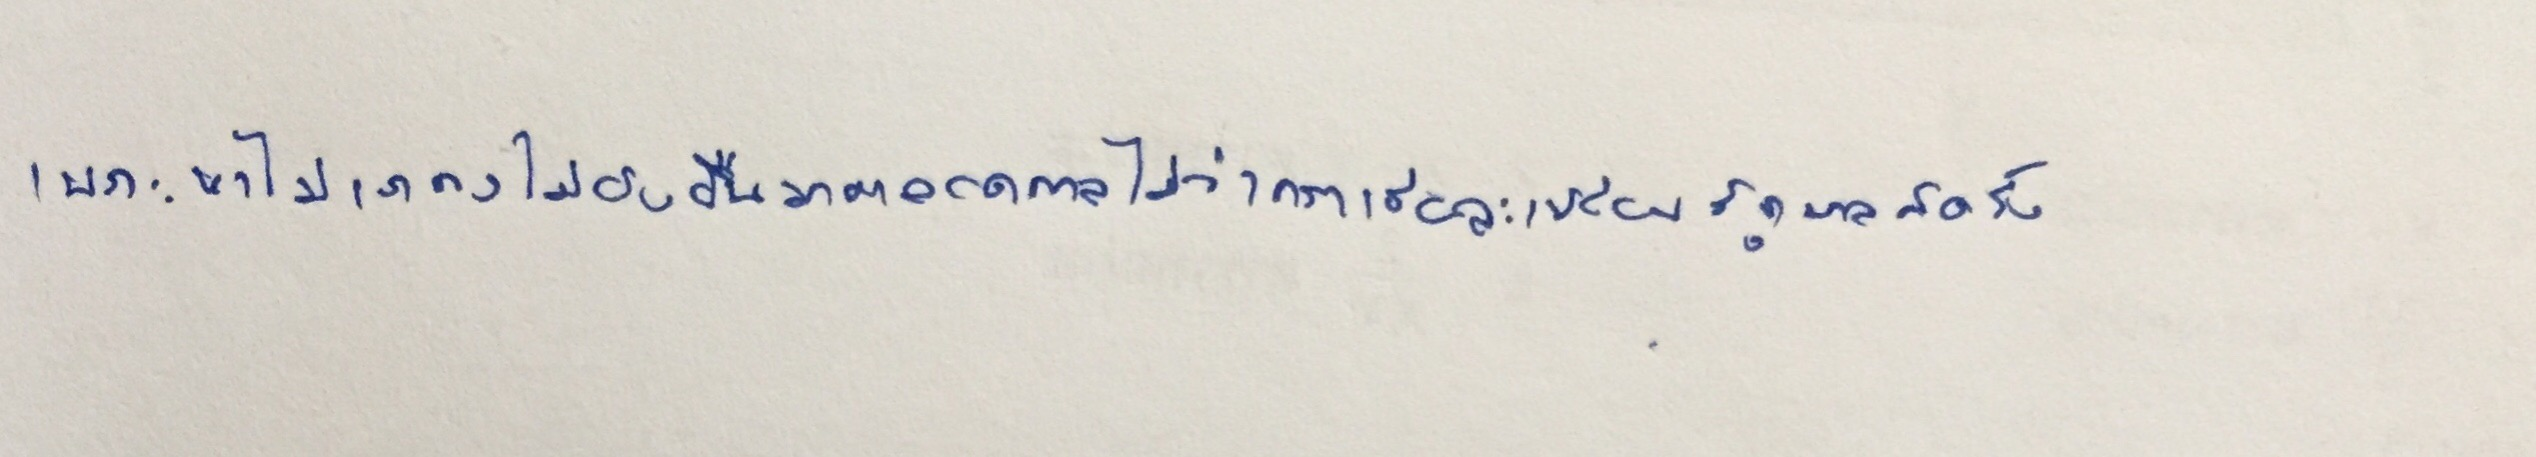
เพราะหาไม่เราคงไม่ยั่งยืนมาตลอดกาลไม่ว่ากราเซียจะเปลี่ยนรัฐบาลกี่ครั้ง